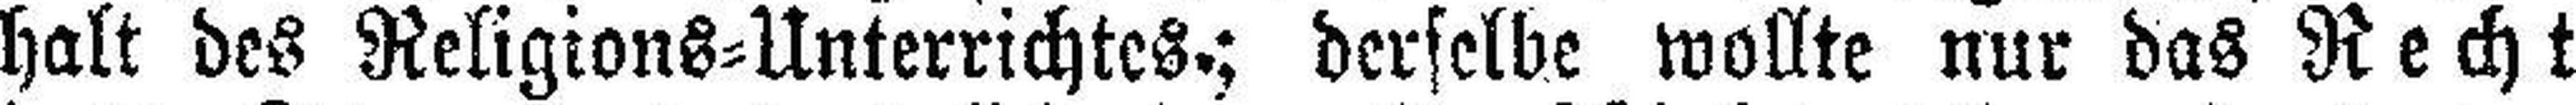
halt des Religions=Unterrichtes.; derselbe wollte nur das Recht